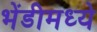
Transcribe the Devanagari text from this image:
भेंडीमध्ये